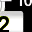
Digit: 2